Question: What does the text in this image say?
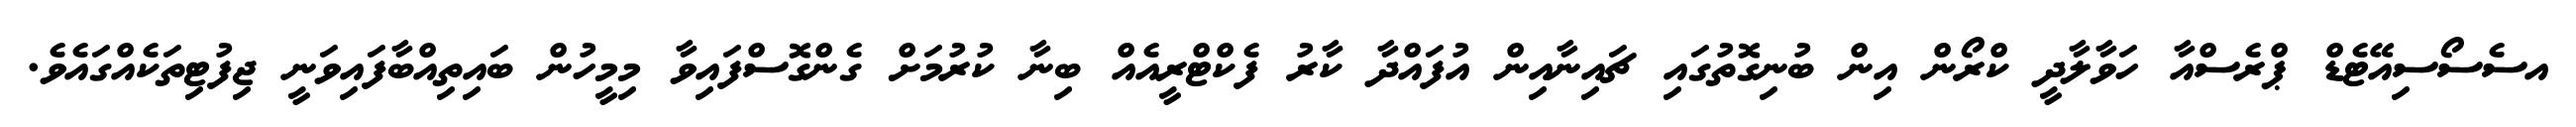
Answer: އސެސޯސިއޭޓެޑް ޕްރެސްއާ ހަވާލާދީ ކްރޯން އިން ބުނިގޮތުގައި ޗައިނާއިން އުފައްދާ ކާރު ފެކްޓްރީއެއް ބިނާ ކުރުމަށް ގެންގޮސްފައިވާ މިމީހުން ބައިތިއްބާފައިވަނީ ޖިފުޓިތަކެއްގައެވެ.